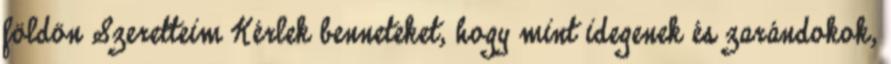
földön Szeretteim Kérlek benneteket, hogy mint idegenek és zarándokok,